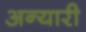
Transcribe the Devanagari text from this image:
अन्यारी